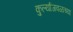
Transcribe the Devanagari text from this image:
कुर्ल्याजवळच्या